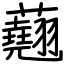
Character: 𧄍